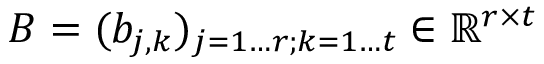
B = ( b _ { j , k } ) _ { j = 1 \ldots r ; k = 1 \ldots t } \in \mathbb { R } ^ { r \times t }